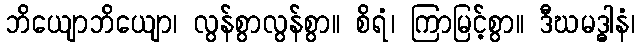
ဘိယျောဘိယျော၊ လွန်စွာလွန်စွာ။ စိရံ၊ ကြာမြင့်စွာ။ ဒီဃမဒ္ဓါနံ၊